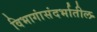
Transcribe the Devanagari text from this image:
विभागांसंदर्भातील